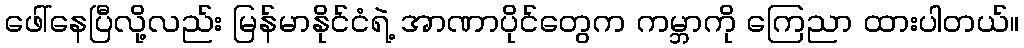
ဖေါ်နေပြီလို့လည်း မြန်မာနိုင်ငံရဲ့ အာဏာပိုင်တွေက ကမ္ဘာကို ကြေညာ ထားပါတယ်။